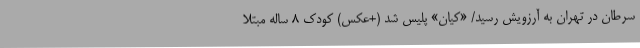
سرطان در تهران به آرزویش رسید/ «کیان» پلیس شد (+عکس) کودک ۸ ساله مبتلا